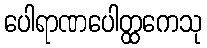
ပေါရာဏပေါတ္ထကေသု